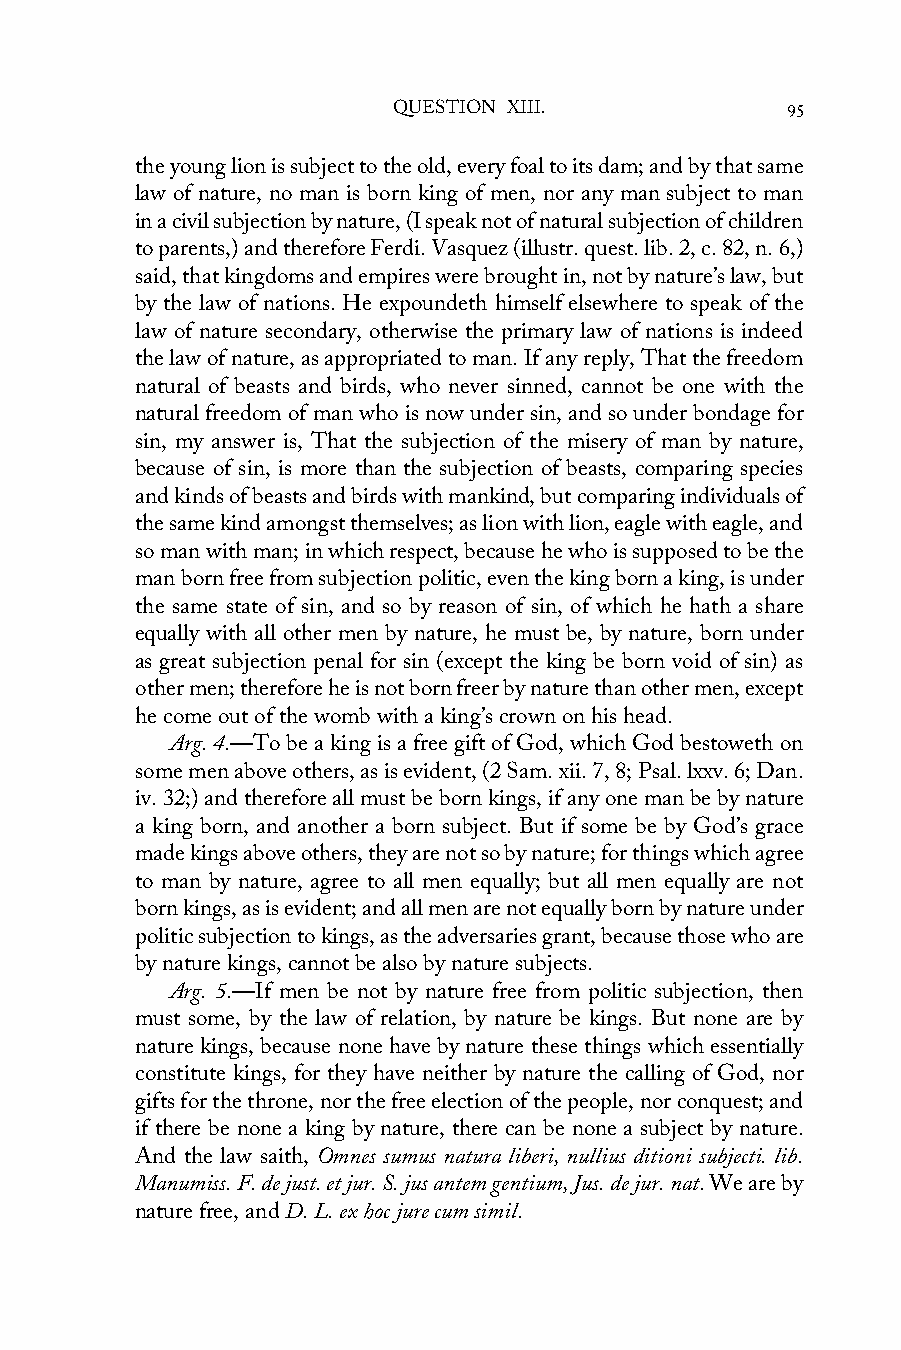
QUESTION XIII.            95
 the young lion is subject to the old, every foal to its dam; and by that same
 law of nature, no man is born king of men, nor any man subject to man
 in a civil subjection by nature, (I speak not of natural subjection of children
 to parents,) and therefore Ferdi. Vasquez (illustr. quest. lib. 2, c. 82, n. 6,)
 said, that kingdoms and empires were brought in, not by nature’s law, but
 by the law of nations. He expoundeth himself elsewhere to speak of the
 law of nature secondary, otherwise the primary law of nations is indeed
 the law of nature, as appropriated to man. If any reply, That the freedom
 natural of beasts and birds, who never sinned, cannot be one with the
 natural freedom of man who is now under sin, and so under bondage for
 sin, my answer is, That the subjection of the misery of man by nature,
 because of sin, is more than the subjection of beasts, comparing species
 and kinds of beasts and birds with mankind, but comparing individuals of
 the same kind amongst themselves; as lion with lion, eagle with eagle, and
 so man with man; in which respect, because he who is supposed to be the
 man born free from subjection politic, even the king born a king, is under
 the same state of sin, and so by reason of sin, of which he hath a share
 equally with all other men by nature, he must be, by nature, born under
 as great subjection penal for sin (except the king be born void of sin) as
 other men; therefore he is not born freer by nature than other men, except
 he come out of the womb with a king’s crown on his head.
 Arg. 4.—To be a king is a free gift of God, which God bestoweth on
 some men above others, as is evident, (2 Sam. xii. 7, 8; Psal. lxxv. 6; Dan.
 iv. 32;) and therefore all must be born kings, if any one man be by nature
 a king born, and another a born subject. But if some be by God’s grace
 made kings above others, they are not so by nature; for things which agree
 to man by nature, agree to all men equally; but all men equally are not
 born kings, as is evident; and all men are not equally born by nature under
 politic subjection to kings, as the adversaries grant, because those who are
 by nature kings, cannot be also by nature subjects.
 Arg. 5.—If men be not by nature free from politic subjection, then
 must some, by the law of relation, by nature be kings. But none are by
 nature kings, because none have by nature these things which essentially
 constitute kings, for they have neither by nature the calling of God, nor
 gifts for the throne, nor the free election of the people, nor conquest; and
 if there be none a king by nature, there can be none a subject by nature.
 And the law saith, Omnes sumus natura liberi, nullius ditioni subjecti. lib.
 Manumiss. F. de just. et jur. S. jus antem gentium, Jus. de jur. nat. We are by
 nature free, and D. L. ex hoc jure cum simil.